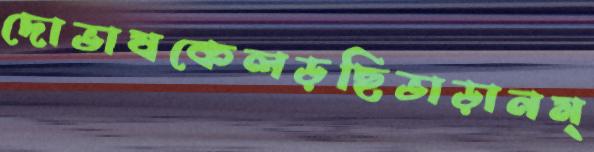
দোভাষকেলড়ছিভাড়ানম্